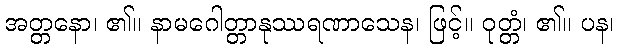
အတ္တနော၊ ၏။ နာမဂေါတ္တာနုဿရဏာသေန၊ ဖြင့်။ ဝုတ္တံ၊ ၏။ ပန၊